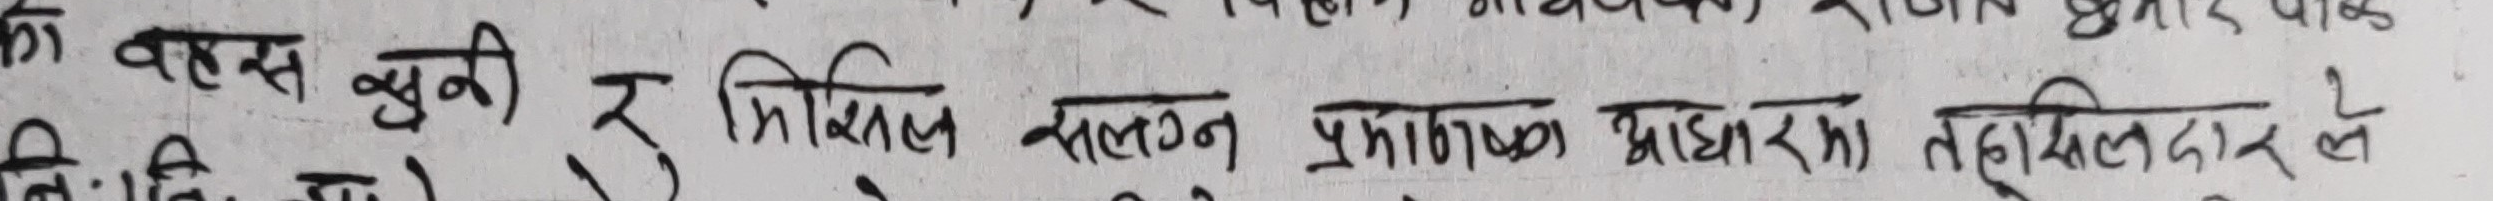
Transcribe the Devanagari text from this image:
के वास खुनी २ मिसिल संलग्न प्रमाणक आधारमा तहसिलदार ले